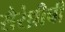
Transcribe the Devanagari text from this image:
सैरंध्रीची